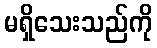
မရှိသေးသည်ကို